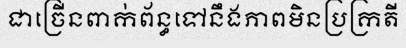
ជាច្រើនពាក់ព័ន្ធទៅនឹងភាពមិនប្រក្រតី